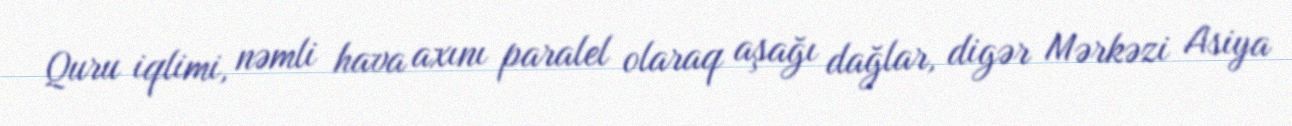
Quru iqlimi, nəmli hava axını paralel olaraq aşağı dağlar, digər Mərkəzi Asiya